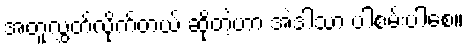
အတူလွှတ်လိုက်တယ် ဆိုတဲ့ဟာ အဲဒါသာ ပါစမ်းပါစေ။